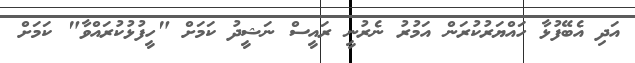
އަދި އެބޭފުޅާ ހަައްޔަރުކުރަން އަމުރު ނެރުނީ ރައީސް ނަޝީދު ކަމަށް "ހީފުޅުކުރައްވާ" ކަމަށް